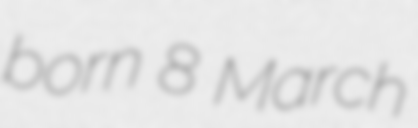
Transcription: born 8 March